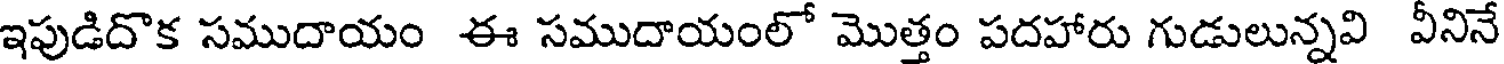
ఇపుడిదొక సముదాయం ఈ సముదాయంలో మొత్తం పదహారు గుడులున్నవి వీనినే